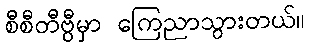
စီစီတီဗွီမှာ ကြေညာသွားတယ်။